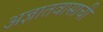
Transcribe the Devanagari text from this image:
अज्ञातवासाची